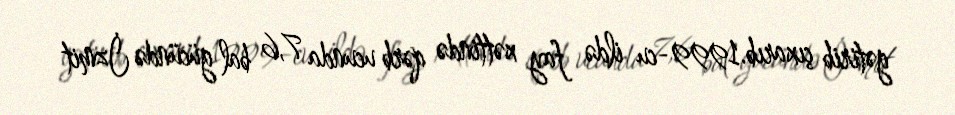
gətirib çıxarıb.1999-cu ildə fay xəttində qərb ucunda 7,6 bal gücündə İzmit